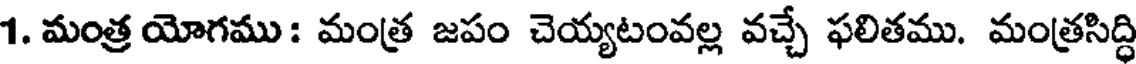
1. మంత్ర యోగము: మంత్ర జపం చెయ్యటంవల్ల వచ్చే ఫలితము. మంత్రసిద్ధి